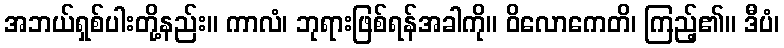
အဘယ်ရှစ်ပါးတို့နည်း။ ကာလံ၊ ဘုရားဖြစ်ရန်အခါကို။ ဝိလောကေတိ၊ ကြည့်၏။ ဒီပံ၊